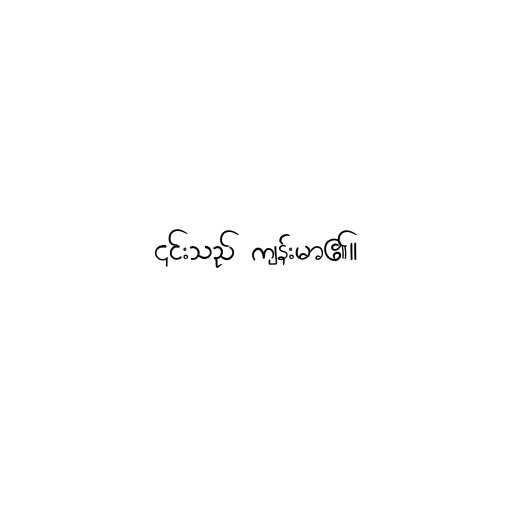
၎င်းသည် ကျန်းမာ၏။